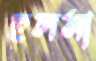
ছলমা